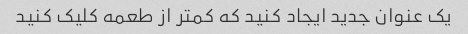
یک عنوان جدید ایجاد کنید که کمتر از طعمه کلیک کنید